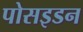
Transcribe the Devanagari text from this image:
पोसइडन